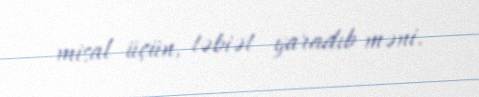
misal üçün, təbiət yaradıb məni.